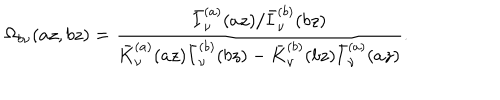
\Omega _ { b \nu } ( a z , b z ) = \frac { \bar { I } _ { \nu } ^ { ( a ) } ( a z ) / \bar { I } _ { \nu } ^ { ( b ) } ( b z ) } { \bar { K } _ { \nu } ^ { ( a ) } ( a z ) \bar { I } _ { \nu } ^ { ( b ) } ( b z ) - \bar { K } _ { \nu } ^ { ( b ) } ( b z ) \bar { I } _ { \nu } ^ { ( a ) } ( a z ) } .